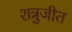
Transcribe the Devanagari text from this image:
शत्रुजीत